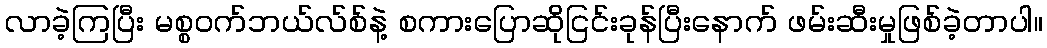
လာခဲ့ကြပြီး မစ္စဝက်ဘယ်လ်စ်နဲ့ စကားပြောဆိုငြင်းခုန်ပြီးနောက် ဖမ်းဆီးမှုဖြစ်ခဲ့တာပါ။